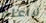
لاأعلم